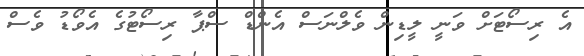
އެ ރިސޯޓަށް ވަނީ ލީޑިން ވެލްނަސް އެންޑް ސްޕާ ރިސޯޓުގެ އެވޯޑު ވެސް